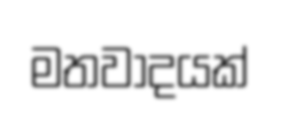
මතවාදයක්